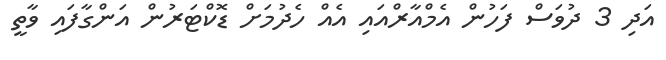
އަދި 3 ދުވަސް ފަހުން އެމްއާރްއައި އެއް ހެދުމަށް ޑޮކްޓަރުން އަންގާފައި ވާތީ